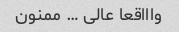
واااقعا عالی … ممنون